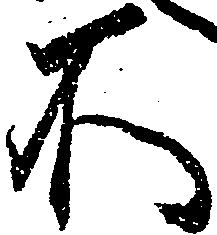
不